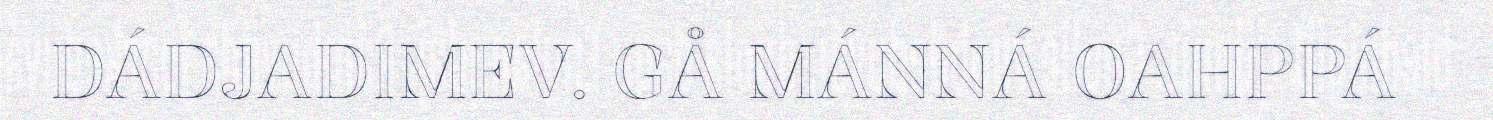
DÁDJADIMEV. GÅ MÁNNÁ OAHPPÁ